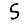
Digit: 5